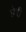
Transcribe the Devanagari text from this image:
छेरी